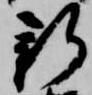
新